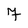
Character: 7